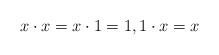
LaTeX: \begin{align*}x\cdot x=x\cdot 1=1,1\cdot x=x \end{align*}